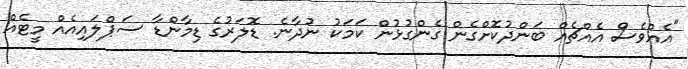
"އެއްވެސް އެއްޗެއް ބަންދުކޮށްގެން ގެންގުޅުން ކަމަކު ނުދާނެ. ޑޮލަރުގެ ޑިމާންޑާ ސަޕްލައިއެއް މީޓެއް